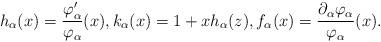
LaTeX: \begin{align*} h_\alpha(x)=\frac{ \varphi'_\alpha}{\varphi_\alpha} (x), k_\alpha(x) = 1 + xh_\alpha(z), f_\alpha(x) = \frac{\partial_\alpha \varphi_\alpha}{\varphi_\alpha} (x).\end{align*}